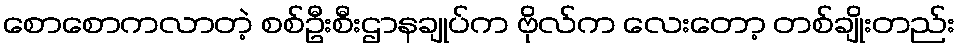
စောစောကလာတဲ့ စစ်ဦးစီးဌာနချုပ်က ဗိုလ်က လေးတော့ တစ်ချိုးတည်း